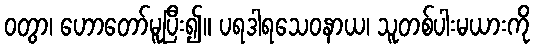
ဝတွာ၊ ဟောတော်မူပြီး၍။ ပရဒါရသေဝနာယ၊ သူတစ်ပါးမယားကို